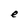
Character: e